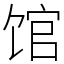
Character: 馆